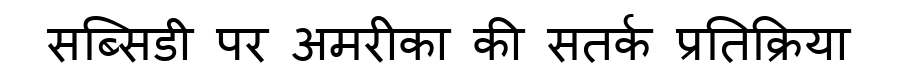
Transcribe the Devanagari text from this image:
सब्सिडी पर अमरीका की सतर्क प्रतिक्रिया